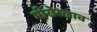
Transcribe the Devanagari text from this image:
मीरोस्लाव